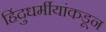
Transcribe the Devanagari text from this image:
हिंदुधर्मीयांकडून